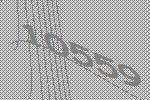
10559